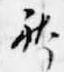
体